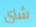
شاى